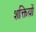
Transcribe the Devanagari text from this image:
शक्तिय़ों